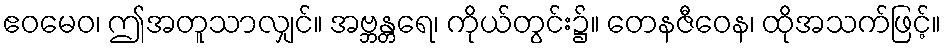
ဧဝမေဝ၊ ဤအတူသာလျှင်။ အဗ္ဘန္တရေ၊ ကိုယ်တွင်း၌။ တေနဇီဝေန၊ ထိုအသက်ဖြင့်။